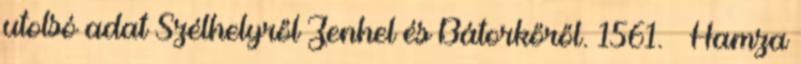
utolsó adat Szélhelyről Zenhel és Bátorkőről. 1561. – Hamza